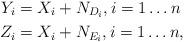
LaTeX: \begin{align*}Y_i&=X_i+ N_{D_i}, i=1 \ldots n\\Z_i&=X_i+ N_{E_i}, i=1 \ldots n, \end{align*}